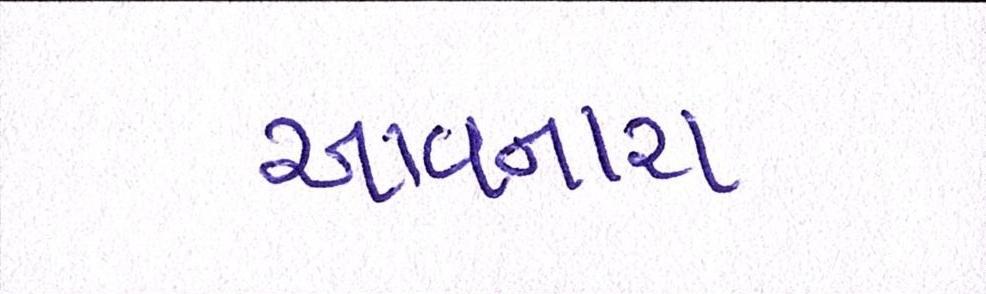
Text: આવનારા